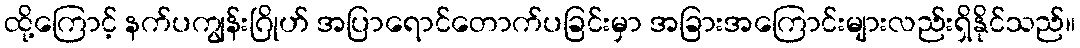
ထို့ကြောင့် နက်ပကျွန်းဂြိုဟ် အပြာရောင်တောက်ပခြင်းမှာ အခြားအကြောင်းများလည်းရှိနိုင်သည်။